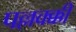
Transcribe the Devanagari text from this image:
पल्लक्क्की